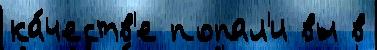
ка́честв'е попал'и вы в